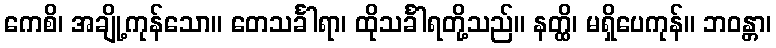
ကေစိ၊ အချို့ကုန်သော။ တေသင်္ခါရာ၊ ထိုသင်္ခါရတို့သည်။ နတ္ထိ၊ မရှိပေကုန်။ ဘဝန္တာ၊